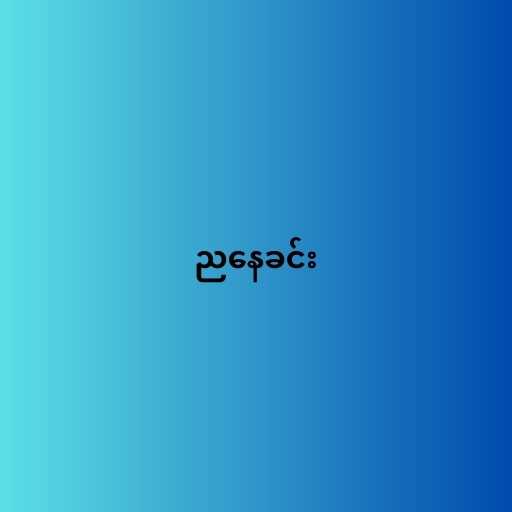
ညနေခင်း